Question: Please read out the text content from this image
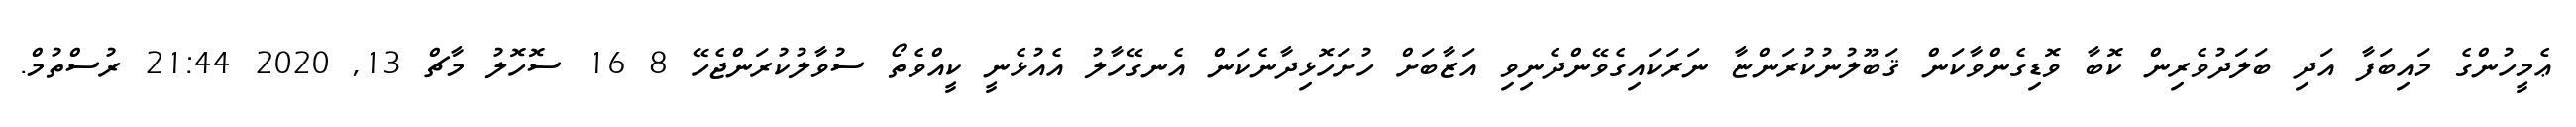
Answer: ޢެމީހުންގެ މައިބަފާ އަދި ބަލަދުވެރިން ކޮބާ ވޮޑިގެންވާކަން ޤަބޫލުނުކުރަންޏާ ނަރަކައިގެވޭންދެނިވި އަޒާބަށް ހުށަހޮޅިދާނެކަން އެނގޭހާލު އެއުޅެނީ ކީއްވެތޯ ސުވާލުކުރަންޖެހޭ 8 16 ސޮހޮލު މާޗް 13, 2020 21:44 ރުސްތުމް.